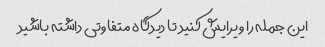
این جمله را ویرایش کنید تا دیدگاه متفاوتی داشته باشید